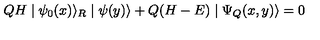
Q H \mid \psi _ { 0 } ( x ) \rangle _ { R } \mid \psi ( y ) \rangle + Q ( H - E ) \mid \Psi _ { Q } ( x , y ) \rangle = 0